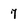
Character: 7